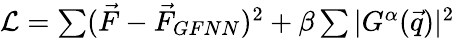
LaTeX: \begin{array}{r}{\mathcal{L}=\sum(\vec{F}-\vec{F}_{GFNN})^{2}+\beta\sum|G^{\alpha}(\vec{q})|^{2}}\end{array}